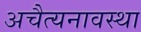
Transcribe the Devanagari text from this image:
अचैत्यनावस्था